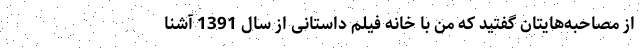
از مصاحبه‌هایتان گفتید که من با خانه فیلم داستانی از سال 1391 آشنا